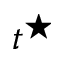
t ^ { \star }